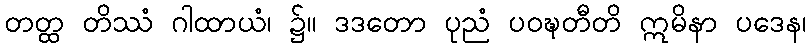
တတ္ထ တိဿံ ဂါထာယံ၊ ၌။ ဒဒတော ပုညံ ပဝဍ္ဎတီတိ ဣမိနာ ပဒေန၊